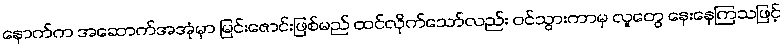
နောက်က အဆောက်အအုံမှာ မြင်းဇောင်းဖြစ်မည် ထင်လိုက်သော်လည်း ဝင်သွားကာမှ လူတွေ နေးနေကြသဖြင့်